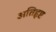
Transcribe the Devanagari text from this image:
अतिहृष्ट